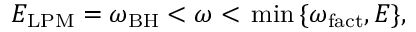
E _ { \mathrm { L P M } } = \omega _ { \mathrm { B H } } < \omega < \, \mathrm { m i n } \, \{ \omega _ { \mathrm { f a c t } } , E \} ,